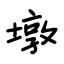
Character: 墩